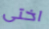
اختى